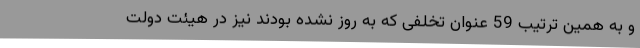
و به همین ترتیب 59 عنوان تخلفی که به روز نشده بودند نیز در هیئت دولت